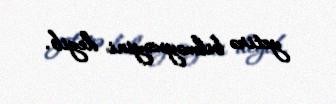
yetirə bilməyəcəyini deyib.